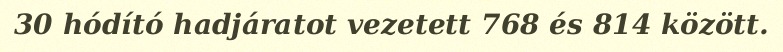
30 hódító hadjáratot vezetett 768 és 814 között.